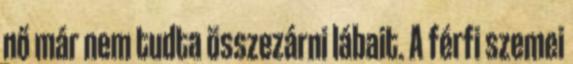
nő már nem tudta összezárni lábait. A férfi szemei